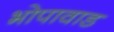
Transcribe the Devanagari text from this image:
भोपावाड